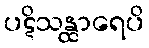
ပဋိသန္ထာရေပိ